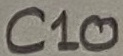
Text: C10